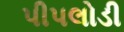
પીપલોડી